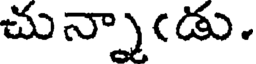
చున్నా(డు.